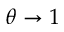
\theta \to 1